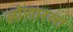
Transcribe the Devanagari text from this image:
लोणारला